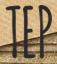
TEP